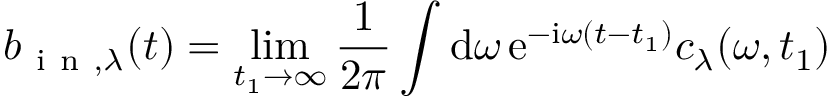
b _ { \mathrm { ~ i ~ n ~ } , \lambda } ( t ) = \operatorname* { l i m } _ { t _ { 1 } \to \infty } \frac { 1 } { 2 \pi } \int \mathrm { d } { \omega } \, \mathrm { e } ^ { - \mathrm { i } \omega ( t - t _ { 1 } ) } c _ { \lambda } ( \omega , t _ { 1 } )